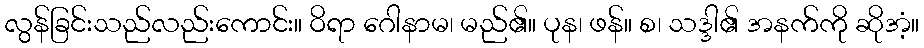
လွန်ခြင်းသည်လည်းကောင်း။ ဝိရာ ဂေါနာမ၊ မည်၏။ ပုန၊ ဖန်။ စ၊ သဒ္ဒါ၏ အနက်ကို ဆိုအံ့။